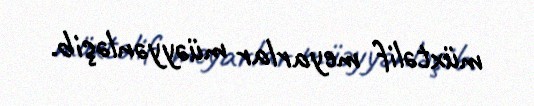
müxtəlif meyarlar müəyyənləşib.